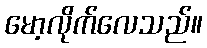
မော့လိုက်လေသည်။